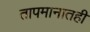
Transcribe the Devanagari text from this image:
तापमानातही